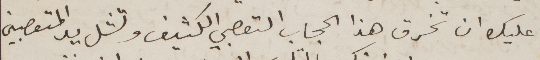
عليك أن تخرق هذا الحجاب التعصبي الكثيف وتشل يد المتعصبين